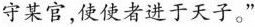
守某官，使使者进于天子a”